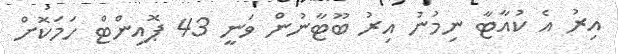
އިރު އެ ކުއާޓާ ނިމުނު އިރު ބޫޓާނުން ވަނީ 43 ޕޮއިންޓް ހަމަކޮށް